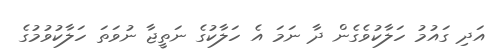
އަދި ގައުމު ހަލާކުވެގެން ދާ ނަމަ އެ ހަލާކުގެ ނަތީޖާ ނުވަތަ ހަލާކުވުމުގެ